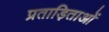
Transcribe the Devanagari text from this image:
प्रताड़िताओं